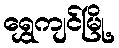
ရွှေကျင်မြို့